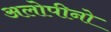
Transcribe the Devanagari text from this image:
अलोपीनो